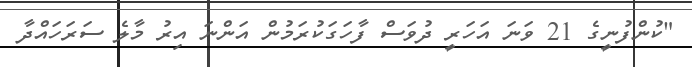
"ކުންފުނީގެ 21 ވަނަ އަހަރީ ދުވަސް ފާހަގަކުރަމުން އަންނަ އިރު މާލެ ސަރަހައްދާ